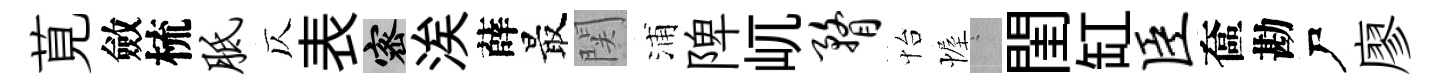
莧斂梳胝仄表密涘薛最関浦陴屼瞀怡幄搖閨缸臣奩勘尸廖